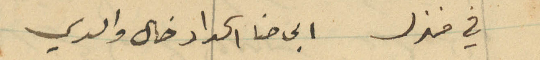
في منزل ابي حنا الحداد خال والدي